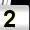
Digit: 2